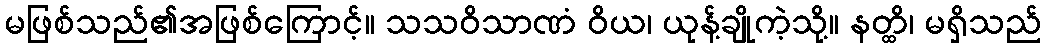
မဖြစ်သည်၏အဖြစ်ကြောင့်။ သသဝိသာဏံ ဝိယ၊ ယုန့်ချိုကဲ့သို့။ နတ္ထိ၊ မရှိသည်